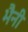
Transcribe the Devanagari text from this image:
भैनी